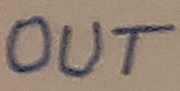
Text: OUT